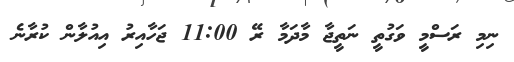
ނިމި ރަސްމީ ވަގުތީ ނަތީޖާ މާދަމާ ރޭ 11:00 ޖަހާއިރު އިއުލާން ކުރާނެ